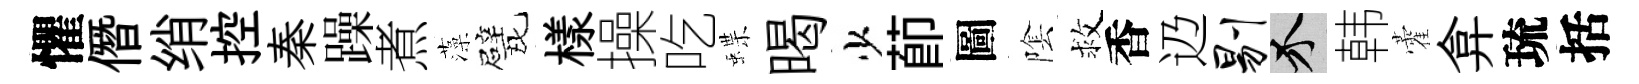
懼僭绡控秦躁煮藻戏樣操吃蝶暍少莭圖隂救香辸剔介韩藿弇琉括